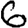
Digit: 6